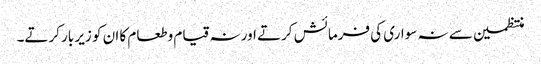
منتظمین سے نہ سواری کی فرمائش کرتے اور نہ قیام وطعام کا ان کو زیر بار کرتے۔